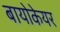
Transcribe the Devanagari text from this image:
बायोकेयर